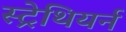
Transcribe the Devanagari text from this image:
स्ट्रेथियर्न